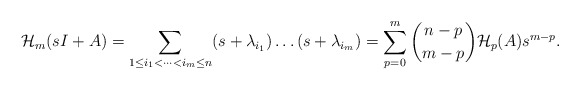
\begin{align*}\mathcal{H}_m(sI+A)=\sum\limits_{1\leq i_1<\dots< i_m\leq n}(s+\lambda_{i_1})\dots(s+\lambda_{i_m})=\sum\limits_{p=0}^m\binom{n-p}{m-p}\mathcal{H}_p(A) s^{m-p}.\end{align*}